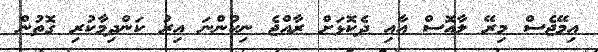
އިމޭޖެސް މިރޭ ލާއޮސް އާއި ދެކޮޅަށް ރާއްޖެ ނިކުންނަ އިރު ކަންދިމާކުރި ގޮތުން